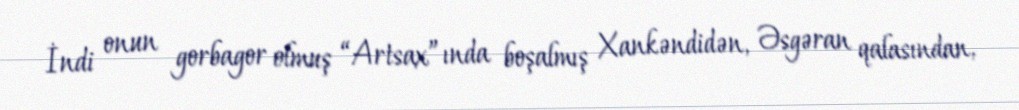
İndi onun gorbagor olmuş “Artsax”ında boşalmış Xankəndidən, Əsgəran qalasından,